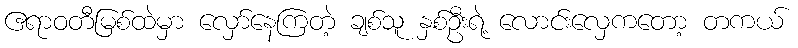
ဧရာဝတီမြစ်ထဲမှာ လှော်နေကြတဲ့ ချစ်သူ နှစ်ဦးရဲ့ လောင်းလှေကတော့ တကယ်